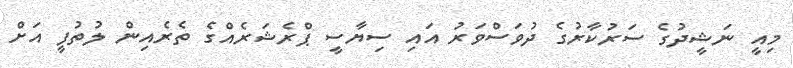
މިއީ ނަޝީދުގެ ސަރުކާރުގެ ދުވަސްވަރު އައި ސިޔާސީ ޕްރެޝަރެއްގެ ތެރެއިން ލުތުފީ އަށް